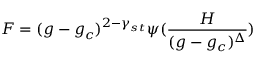
F = ( g - g _ { c } ) ^ { 2 - \gamma _ { s t } } \psi ( { \frac { H } { ( g - g _ { c } ) ^ { \Delta } } } )